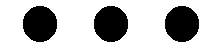
...